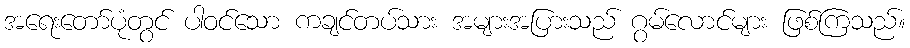
အရေးတော်ပုံတွင် ပါဝင်သော ကချင်တပ်သား အများအပြားသည် ဂွမ်လောင်များ ဖြစ်ကြသည်။